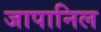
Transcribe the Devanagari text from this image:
जापानिल